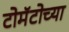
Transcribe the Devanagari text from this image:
टोमॅटोच्या